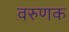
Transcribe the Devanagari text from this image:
वरुणक